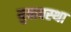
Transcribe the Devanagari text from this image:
युवावस्‍था